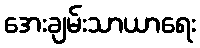
အေးချမ်းသာယာရေး